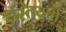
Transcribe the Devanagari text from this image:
इस्तियुतो